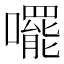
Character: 𫬘